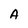
Character: A